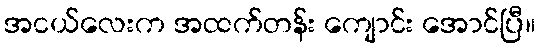
အငယ်လေးက အထက်တန်း ကျောင်း အောင်ပြီ။